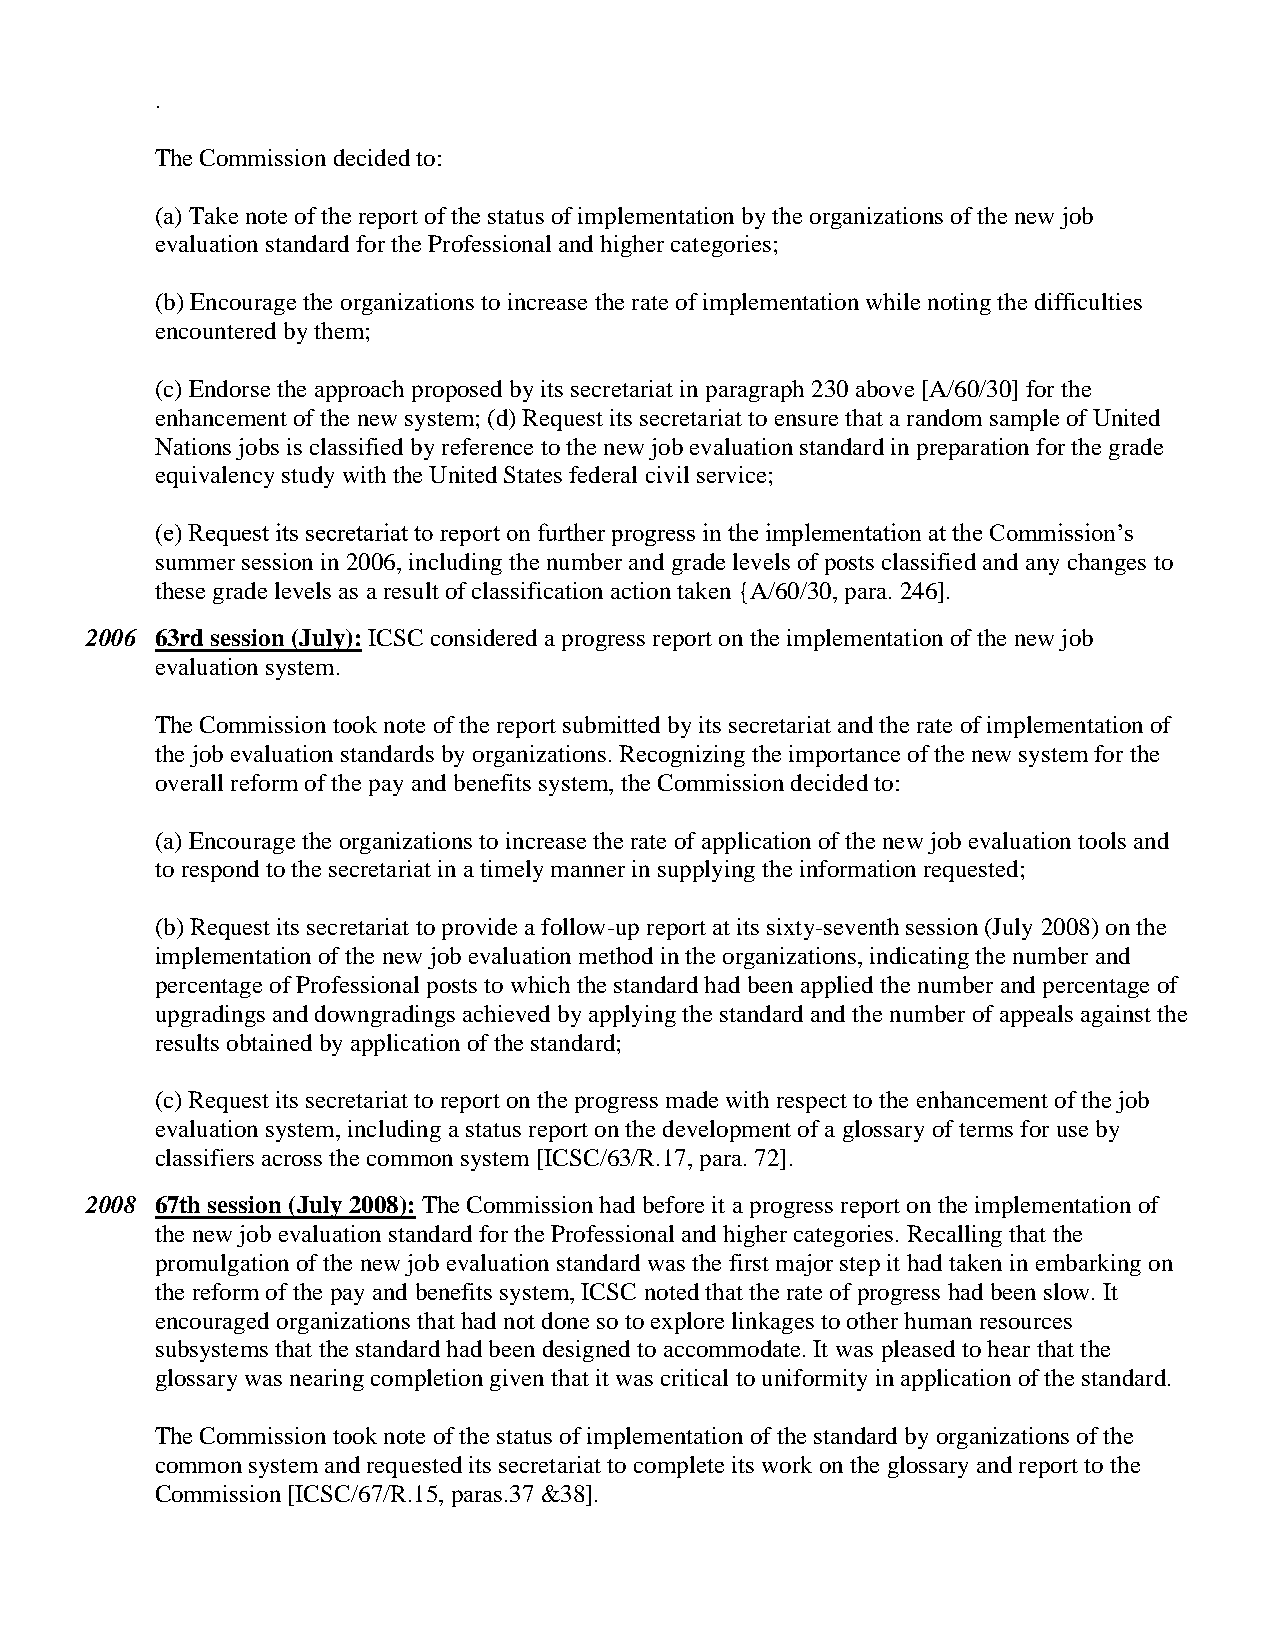
.
 The Commission decided to:
 (a) Take note of the report of the status of implementation by the organizations of the new job
 evaluation standard for the Professional and higher categories;
 (b) Encourage the organizations to increase the rate of implementation while noting the difficulties
 encountered by them;
 (c) Endorse the approach proposed by its secretariat in paragraph 230 above [A/60/30] for the
 enhancement of the new system; (d) Request its secretariat to ensure that a random sample of United
 Nations jobs is classified by reference to the new job evaluation standard in preparation for the grade
 equivalency study with the United States federal civil service;
 (e) Request its secretariat to report on further progress in the implementation at the Commission’s
 summer session in 2006, including the number and grade levels of posts classified and any changes to
 these grade levels as a result of classification action taken {A/60/30, para. 246].
 2006 63rd session (July): ICSC considered a progress report on the implementation of the new job
 evaluation system.
 The Commission took note of the report submitted by its secretariat and the rate of implementation of
 the job evaluation standards by organizations. Recognizing the importance of the new system for the
 overall reform of the pay and benefits system, the Commission decided to:
 (a) Encourage the organizations to increase the rate of application of the new job evaluation tools and
 to respond to the secretariat in a timely manner in supplying the information requested;
 (b) Request its secretariat to provide a follow-up report at its sixty-seventh session (July 2008) on the
 implementation of the new job evaluation method in the organizations, indicating the number and
 percentage of Professional posts to which the standard had been applied the number and percentage of
 upgradings and downgradings achieved by applying the standard and the number of appeals against the
 results obtained by application of the standard;
 (c) Request its secretariat to report on the progress made with respect to the enhancement of the job
 evaluation system, including a status report on the development of a glossary of terms for use by
 classifiers across the common system [ICSC/63/R.17, para. 72].
 2008 67th session (July 2008): The Commission had before it a progress report on the implementation of
 the new job evaluation standard for the Professional and higher categories. Recalling that the
 promulgation of the new job evaluation standard was the first major step it had taken in embarking on
 the reform of the pay and benefits system, ICSC noted that the rate of progress had been slow. It
 encouraged organizations that had not done so to explore linkages to other human resources
 subsystems that the standard had been designed to accommodate. It was pleased to hear that the
 glossary was nearing completion given that it was critical to uniformity in application of the standard.
 The Commission took note of the status of implementation of the standard by organizations of the
 common system and requested its secretariat to complete its work on the glossary and report to the
 Commission [ICSC/67/R.15, paras.37 &38].